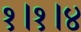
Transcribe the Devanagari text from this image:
१।१।४